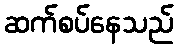
ဆက်စပ်နေသည်